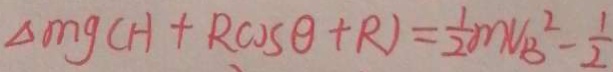
\Delta m g ( H + R \cos \theta + R ) = \frac { 1 } { 2 } m V _ { B } ^ { 2 } - \frac { 1 } { 2 }